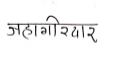
मजकूर: जहागीरदार